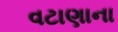
વટાણાના